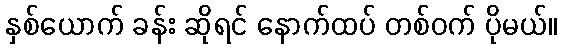
နှစ်ယောက် ခန်း ဆိုရင် နောက်ထပ် တစ်ဝက် ပိုမယ်။